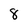
Character: 8